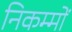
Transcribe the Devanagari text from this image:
निकम्मों